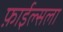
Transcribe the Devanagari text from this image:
फ़ाईल्सला